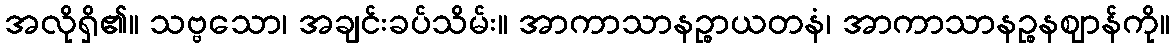
အလိုရှိ၏။ သဗ္ဗသော၊ အချင်းခပ်သိမ်း။ အာကာသာနဉ္စာယတနံ၊ အာကာသာနဉ္စနဈာန်ကို။